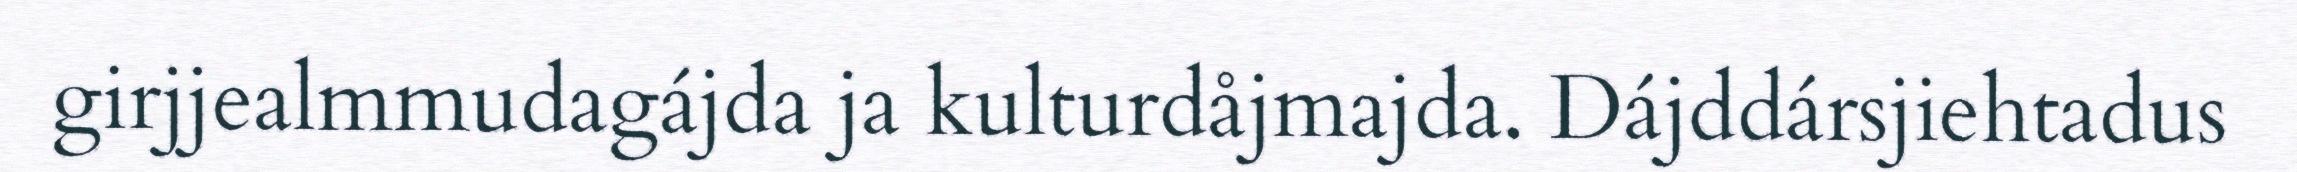
girjjealmmudagájda ja kulturdåjmajda. Dájddársjiehtadus